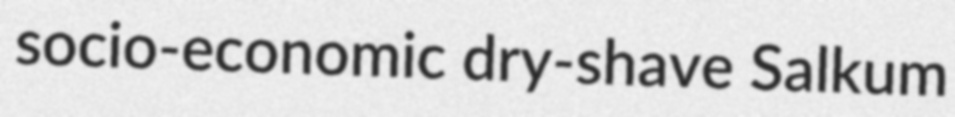
socio-economic dry-shave Salkum